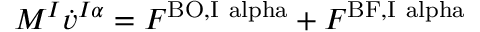
M ^ { I } \dot { v } ^ { I \alpha } = F ^ { \mathrm { B O , I \ a l p h a } } + F ^ { \mathrm { B F , I \ a l p h a } }